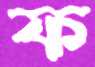
ফ